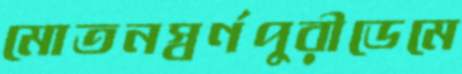
মোতনস্বর্ণপুরীডেমে